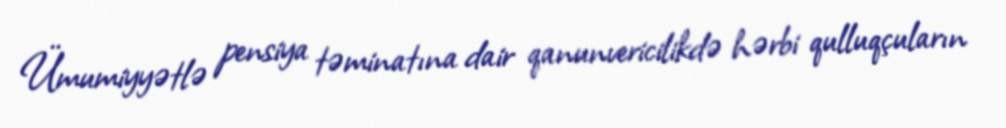
Ümumiyyətlə pensiya təminatına dair qanunvericilikdə hərbi qulluqçuların